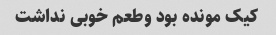
کیک مونده بود وطعم خوبی نداشت